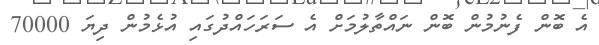
އެ ބޮން ފެނުމުން ބޮން ނައްތާލުމަށް އެ ސަރަހައްދުގައި އުޅެމުން ދިޔަ 70000